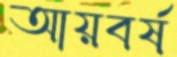
আয়বর্ষ